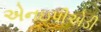
એનઇપીએડી